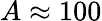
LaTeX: A\approx 100